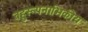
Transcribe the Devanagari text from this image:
बहुरूपनाभिकीय